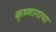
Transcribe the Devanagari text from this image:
कृष्णागाथा